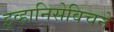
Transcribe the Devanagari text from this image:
इव्हानिसेविचने